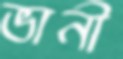
ভানী